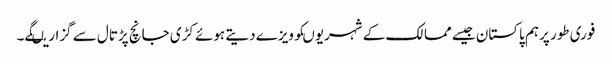
فوری طور پرہم پاکستان جیسے ممالک کے شہریوںکوویزے دیتے ہوئے کڑی جانچ پڑتال سے گزاریںگے۔